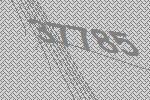
37785